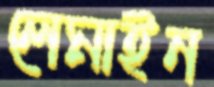
লেমাইন